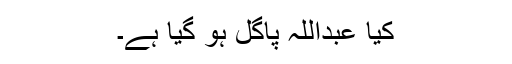
کیا عبداللہ پاگل ہو گیا ہے۔